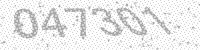
Solution: 047301